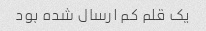
یک قلم کم ارسال شده بود